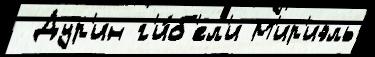
 Дур'ин г'и́б'ел'и М'ир'иэль